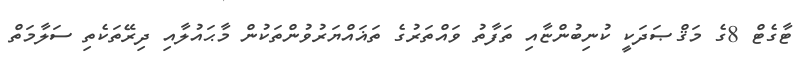
ޓާގެޓް 8ގެ މަޤްޞަދަކީ ކުނިބުންޏާއި ތަފާތު ވައްތަރުގެ ތަޣައްޔަރުވުންތަކުން މާޙައުލާއި ދިރޭތަކެތި ސަލާމަތް